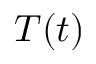
T ( t )